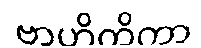
ဗာဟိတိကာ